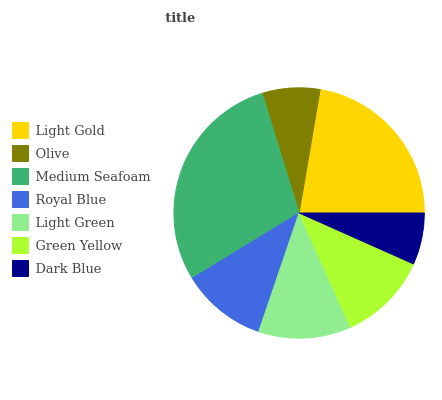
| Light Gold | Olive | Medium Seafoam | Royal Blue | Light Green | Green Yellow | Dark Blue |
 | --- | --- | --- | --- | --- | --- | --- |
 | 22.3% | 7.47% | 29% | 11.1% | 11.9% | 11.6% | 6.67% |